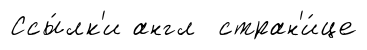
Ссы́лк'и англ стран'и́це